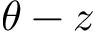
\theta - z